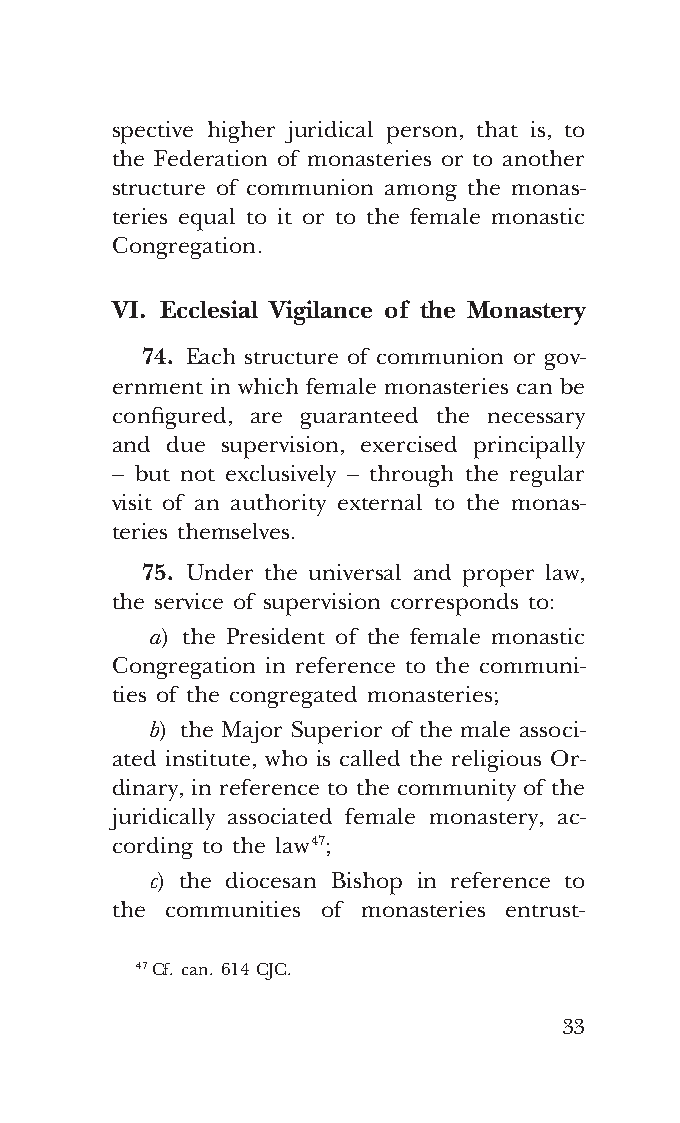
COR ORANS – NUOVO FORMATO – INGLESE 2ª BOZZA – 24 maggio 2018 – 11:12
 spective higher juridical person, that is, to
 the Federation of monasteries or to another
 structure of communion among the monas-
 teries equal to it or to the female monastic
 Congregation.
 VI. Ecclesial Vigilance of the Monastery
 74. Each structure of communion or gov-
 ernment in which female monasteries can be
 configured, are guaranteed the necessary
 and due supervision, exercised principally
 – but not exclusively – through the regular
 visit of an authority external to the monas-
 teries themselves.
 75. Under the universal and proper law,
 the service of supervision corresponds to:
 a) the President of the female monastic
 Congregation in reference to the communi-
 ties of the congregated monasteries;
 b) the Major Superior of the male associ-
 ated institute, who is called the religious Or-
 dinary, in reference to the community of the
 juridically associated female monastery, ac-
 cording to the law 47;
 c) the diocesan Bishop in reference to
 the communities of monasteries entrust-
 47 Cf. can. 614 CJC.
 33